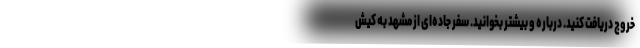
خروج دریافت کنید. درباره و بیشتر بخوانید. سفر جاده‌ای از مشهد به کیش